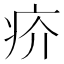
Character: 疥